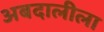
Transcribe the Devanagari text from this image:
अबदालीला